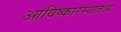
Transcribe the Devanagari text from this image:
आविष्कारस्वातंत्र्य